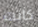
كانت